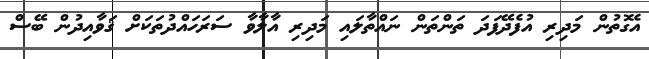
އެގޮތުން މަދިރި އުފެދޭފަދަ ތަންތަން ނައްތާލައި މަދިރި އާލާވާ ސަރަހައްދުތަކަށް ޤަވާއިދުން ބޭސް